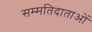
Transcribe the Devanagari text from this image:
सम्मतिदाताओं